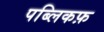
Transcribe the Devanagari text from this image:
पब्लिकफ़